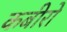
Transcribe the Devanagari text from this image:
कबीरो